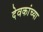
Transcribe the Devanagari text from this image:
देवकांच्या